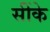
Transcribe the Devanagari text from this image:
सींके